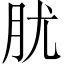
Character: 肬